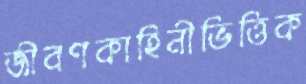
জীবণকাহিনীভিত্তিক